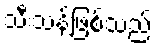
သီးသန့်ဖြစ်သည်